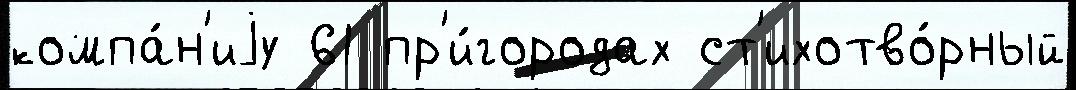
компа́н'иjу 61 пр'и́городах ст'ихотво́рный